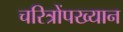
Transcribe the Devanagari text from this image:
चरित्रोंपख्यान